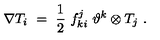
\nabla T _ { i } \ = \ \frac 1 2 \ f _ { k i } ^ { j } \ \vartheta ^ { k } \otimes T _ { j } \ .